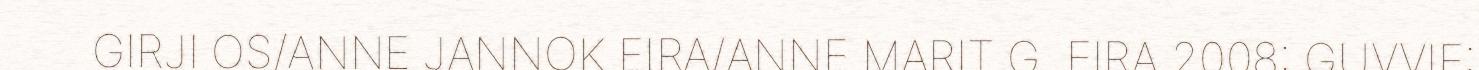
GIRJI OS/ANNE JANNOK EIRA/ANNE MARIT G. EIRA 2008: GUVVIE: